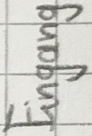
Text: Eingang